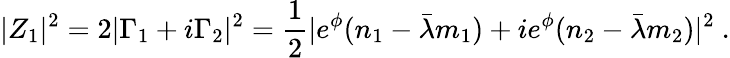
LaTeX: |Z_{1}|^{2}=2|\Gamma_{1}+i\Gamma_{2}|^{2}={\frac{1}{2}}|e^{\phi}(n_{1}-\bar{\lambda}m_{1})+ie^{\phi}(n_{2}-\bar{\lambda}m_{2})|^{2}\ .